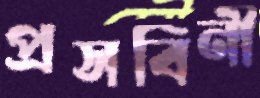
প্রসবিনী